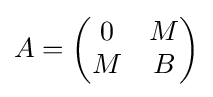
A={\begin{pmatrix}0&M\\M&B\end{pmatrix}}